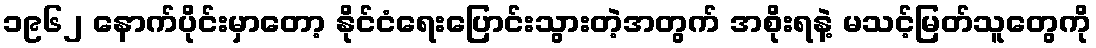
၁၉၆၂ နောက်ပိုင်းမှာတော့ နိုင်ငံရေးပြောင်းသွားတဲ့အတွက် အစိုးရနဲ့ မသင့်မြတ်သူတွေကို